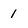
Character: 1